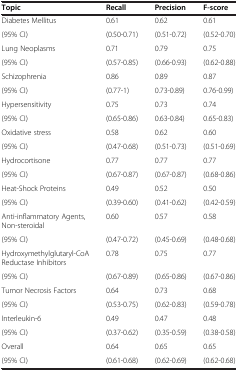
<table><thead><tr><td><b>Topic</b></td><td><b>Recall</b></td><td><b>Precision</b></td><td><b>F-score</b></td></tr></thead><tbody><tr><td>Diabetes Mellitus</td><td>0.61</td><td>0.62</td><td>0.61</td></tr><tr><td>(95% CI)</td><td>(0.50-0.71)</td><td>(0.51-0.72)</td><td>(0.52-0.70)</td></tr><tr><td>Lung Neoplasms</td><td>0.71</td><td>0.79</td><td>0.75</td></tr><tr><td>(95% CI)</td><td>(0.57-0.85)</td><td>(0.66-0.93)</td><td>(0.62-0.88)</td></tr><tr><td>Schizophrenia</td><td>0.86</td><td>0.89</td><td>0.87</td></tr><tr><td>(95% CI)</td><td>(0.77-1)</td><td>0.73-0.89)</td><td>0.76-0.99)</td></tr><tr><td>Hypersensitivity</td><td>0.75</td><td>0.73</td><td>0.74</td></tr><tr><td>(95% CI)</td><td>(0.65-0.86)</td><td>0.63-0.84)</td><td>0.65-0.83)</td></tr><tr><td>Oxidative stress</td><td>0.58</td><td>0.62</td><td>0.60</td></tr><tr><td>(95% CI)</td><td>(0.47-0.68)</td><td>(0.51-0.73)</td><td>(0.51-0.69)</td></tr><tr><td>Hydrocortisone</td><td>0.77</td><td>0.77</td><td>0.77</td></tr><tr><td>(95% CI)</td><td>(0.67-0.87)</td><td>(0.67-0.87)</td><td>(0.68-0.86)</td></tr><tr><td>Heat-Shock Proteins</td><td>0.49</td><td>0.52</td><td>0.50</td></tr><tr><td>(95% CI)</td><td>(0.39-0.60)</td><td>(0.41-0.62)</td><td>(0.42-0.59)</td></tr><tr><td>Anti-inflammatory Agents, Non-steroidal</td><td>0.60</td><td>0.57</td><td>0.58</td></tr><tr><td>(95% CI)</td><td>(0.47-0.72)</td><td>(0.45-0.69)</td><td>(0.48-0.68)</td></tr><tr><td>Hydroxymethylglutaryl-CoA Reductase Inhibitors</td><td>0.78</td><td>0.75</td><td>0.77</td></tr><tr><td>(95% CI)</td><td>(0.67-0.89)</td><td>(0.65-0.86)</td><td>(0.67-0.86)</td></tr><tr><td>Tumor Necrosis Factors</td><td>0.64</td><td>0.73</td><td>0.68</td></tr><tr><td>(95% CI)</td><td>(0.53-0.75)</td><td>(0.62-0.83)</td><td>(0.59-0.78)</td></tr><tr><td>Interleukin-6</td><td>0.49</td><td>0.47</td><td>0.48</td></tr><tr><td>(95% CI)</td><td>(0.37-0.62)</td><td>(0.35-0.59)</td><td>(0.38-0.58)</td></tr><tr><td>Overall</td><td>0.64</td><td>0.65</td><td>0.65</td></tr><tr><td>(95% CI)</td><td>(0.61-0.68)</td><td>(0.62-0.69)</td><td>(0.62-0.68)</td></tr></tbody></table>